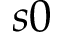
s 0